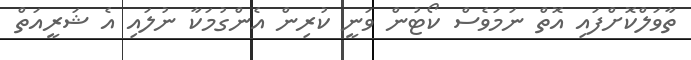
ތާވަލްކޮށްފައި އޮތް ނަމަވެސް ކޯޓުން ވަނީ ކުރިން އެންގުމަކާ ނުލައި އެ ޝަރީއަތް